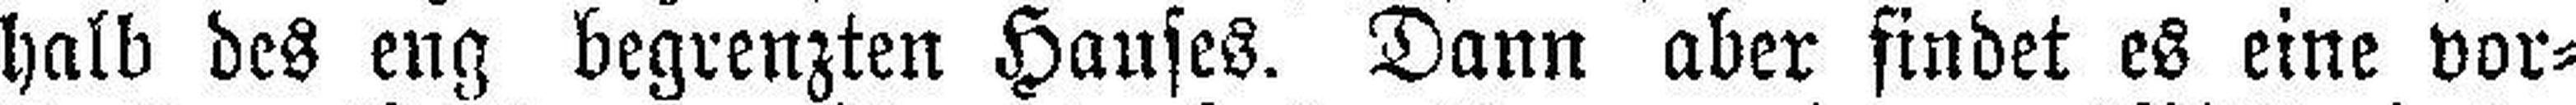
halb des eng begrenzten Hauses. Dann aber findet es eine vor¬